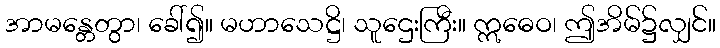
အာမန္တေတွာ၊ ခေါ်၍။ မဟာသေဋ္ဌိ၊ သူဌေးကြီး။ ဣဓေဝ၊ ဤအိမ်၌လျှင်။